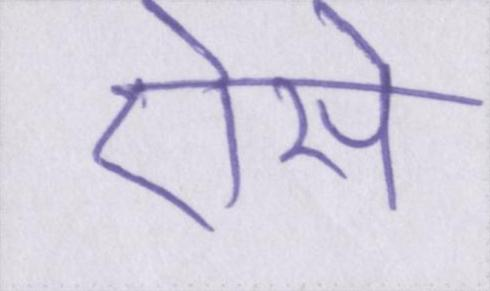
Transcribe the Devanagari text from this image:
ऐसे